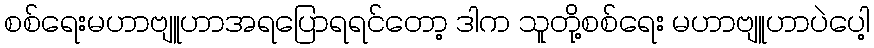
စစ်ရေးမဟာဗျူဟာအရပြောရရင်တော့ ဒါက သူတို့စစ်ရေး မဟာဗျူဟာပဲပေါ့